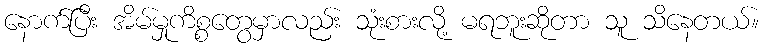
နောက်ပြီး အိမ်မှုကိစ္စတွေမှာလည်း သုံးစားလို့ မရဘူးဆိုတာ သူ သိနေတယ်။